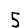
Digit: 5